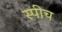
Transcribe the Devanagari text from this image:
स्‍पीच